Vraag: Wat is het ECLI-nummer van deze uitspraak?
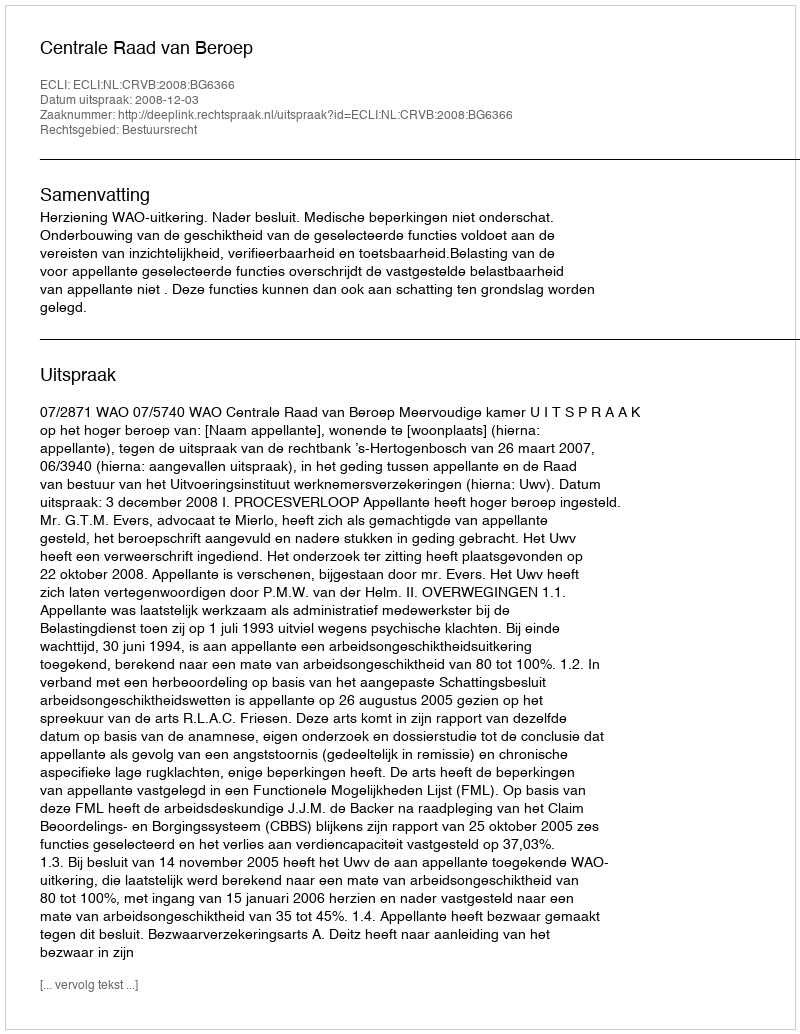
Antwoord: ECLI:NL:CRVB:2008:BG6366